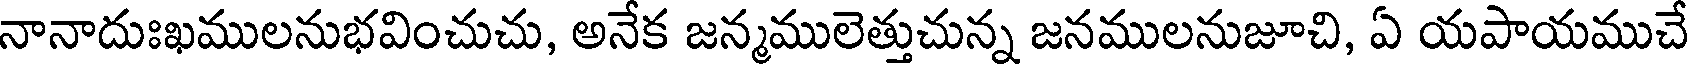
నానాదుఃఖములనుభవించుచు, అనేక జన్మములెత్తుచున్న జనములనుజూచి, ఏ యపాయముచే